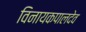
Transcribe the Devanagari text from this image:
विनायकपालदेव